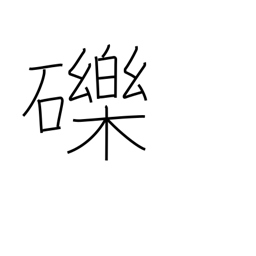
Meaning: small stones